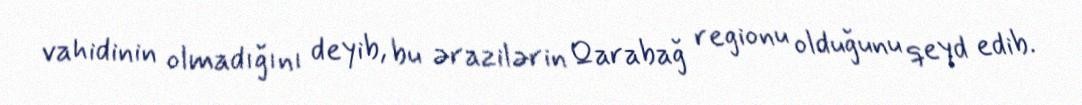
vahidinin olmadığını deyib, bu ərazilərin Qarabağ regionu olduğunu qeyd edib.